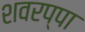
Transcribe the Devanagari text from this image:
शवरप्पा